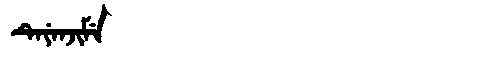
Manchu: ᡨᡝᠶᡝᠨᠵᡳᠮᡝ
Romanization: TEYENJIME